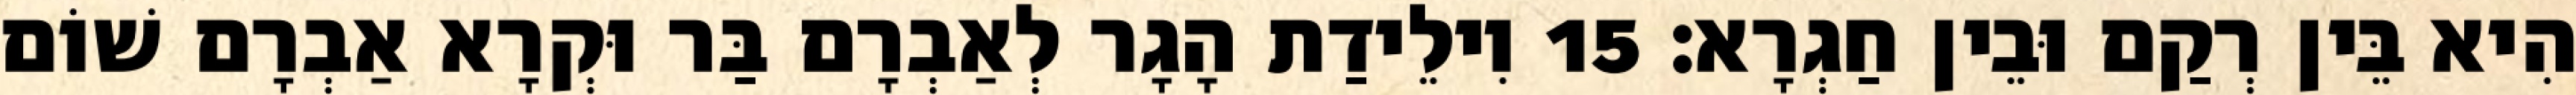
הִיא בֵּין רְקַם וּבֵין חַגְרָא׃ 15 וִילֵידַת הָגָר לְאַבְרָם בַּר וּקְרָא אַבְרָם שׁוֹם